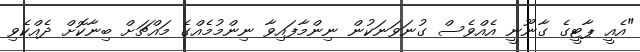
"އެއީ ޕާޓީގެ ގާނޫނީ އެއްވެސް ގުނަވަނަކުން ނިންމާފައިވާ ނިންމުމެއްގެ މައްޗަށް ބިނާކޮށް ދެއްކެވި